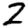
Digit: 2